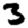
Digit: 3